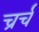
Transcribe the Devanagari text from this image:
च्रर्च